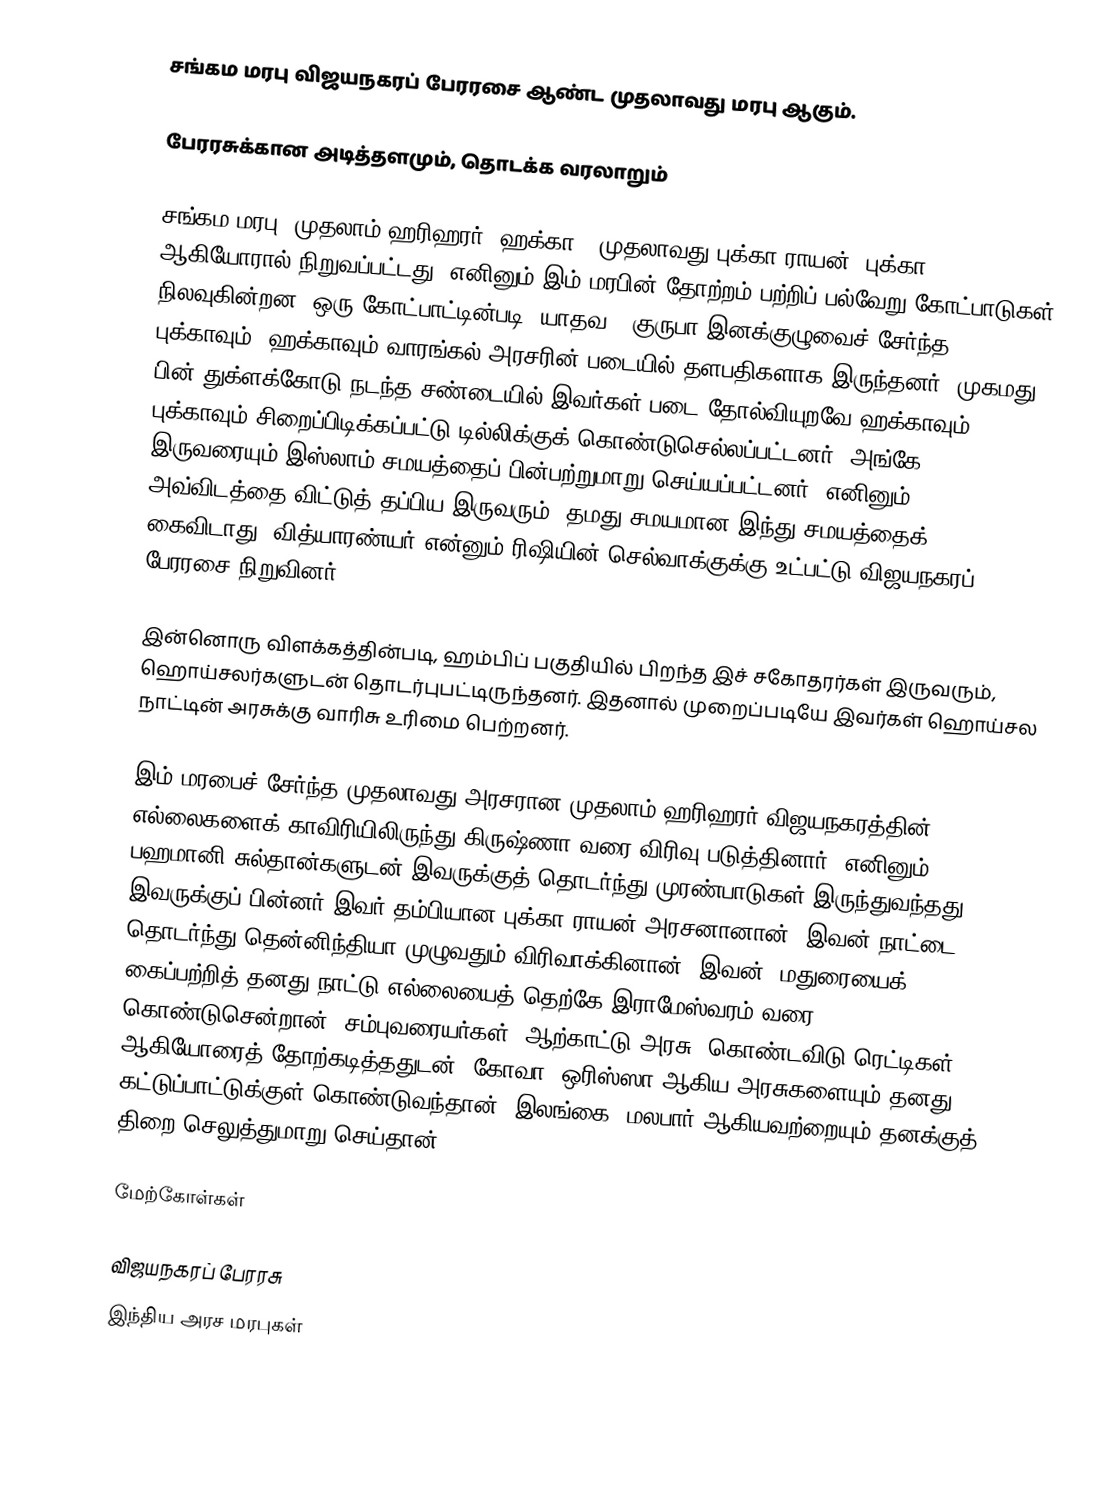
சங்கம மரபு விஜயநகரப் பேரரசை ஆண்ட முதலாவது மரபு ஆகும்.

பேரரசுக்கான அடித்தளமும், தொடக்க வரலாறும்

சங்கம மரபு, முதலாம் ஹரிஹரர் (ஹக்கா), முதலாவது புக்கா ராயன் (புக்கா) ஆகியோரால் நிறுவப்பட்டது. எனினும் இம் மரபின் தோற்றம் பற்றிப் பல்வேறு கோட்பாடுகள் நிலவுகின்றன. ஒரு கோட்பாட்டின்படி, யாதவ / குருபா இனக்குழுவைச் சேர்ந்த புக்காவும், ஹக்காவும் வாரங்கல் அரசரின் படையில் தளபதிகளாக இருந்தனர். முகமது பின் துக்ளக்கோடு நடந்த சண்டையில் இவர்கள் படை தோல்வியுறவே ஹக்காவும், புக்காவும் சிறைப்பிடிக்கப்பட்டு டில்லிக்குக் கொண்டுசெல்லப்பட்டனர். அங்கே இருவரையும் இஸ்லாம் சமயத்தைப் பின்பற்றுமாறு செய்யப்பட்டனர். எனினும், அவ்விடத்தை விட்டுத் தப்பிய இருவரும், தமது சமயமான இந்து சமயத்தைக் கைவிடாது, வித்யாரண்யர் என்னும் ரிஷியின் செல்வாக்குக்கு உட்பட்டு விஜயநகரப் பேரரசை நிறுவினர்.

இன்னொரு விளக்கத்தின்படி, ஹம்பிப் பகுதியில் பிறந்த இச் சகோதரர்கள் இருவரும், ஹொய்சலர்களுடன் தொடர்புபட்டிருந்தனர். இதனால் முறைப்படியே இவர்கள் ஹொய்சல நாட்டின் அரசுக்கு வாரிசு உரிமை பெற்றனர்.

இம் மரபைச் சேர்ந்த முதலாவது அரசரான முதலாம் ஹரிஹரர் விஜயநகரத்தின் எல்லைகளைக் காவிரியிலிருந்து கிருஷ்ணா வரை விரிவு படுத்தினார். எனினும், பஹமானி சுல்தான்களுடன் இவருக்குத் தொடர்ந்து முரண்பாடுகள் இருந்துவந்தது. இவருக்குப் பின்னர் இவர் தம்பியான புக்கா ராயன் அரசனானான். இவன் நாட்டை, தொடர்ந்து தென்னிந்தியா முழுவதும் விரிவாக்கினான். இவன், மதுரையைக் கைப்பற்றித் தனது நாட்டு எல்லையைத் தெற்கே இராமேஸ்வரம் வரை கொண்டுசென்றான். சம்புவரையர்கள், ஆற்காட்டு அரசு, கொண்டவிடு ரெட்டிகள், ஆகியோரைத் தோற்கடித்ததுடன், கோவா, ஒரிஸ்ஸா ஆகிய அரசுகளையும் தனது கட்டுப்பாட்டுக்குள் கொண்டுவந்தான். இலங்கை, மலபார் ஆகியவற்றையும் தனக்குத் திறை செலுத்துமாறு செய்தான்.

மேற்கோள்கள்

விஜயநகரப் பேரரசு
இந்திய அரச மரபுகள்